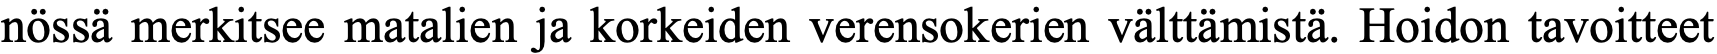
nössä merkitsee matalien ja korkeiden verensokerien välttämistä. Hoidon tavoitteet